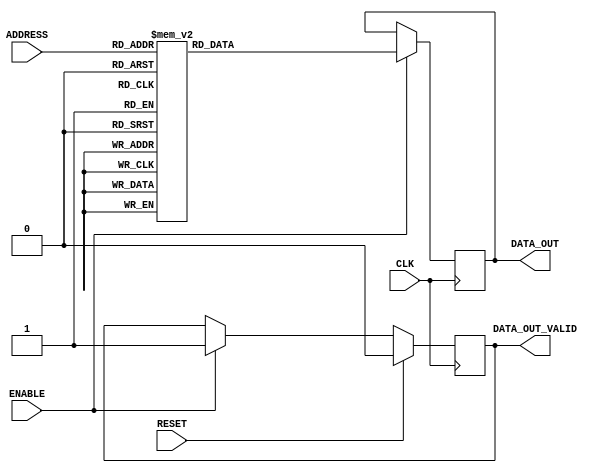
// This program was cloned from: https://github.com/VeriGOOD-ML/public
// License: Apache License 2.0

`timescale 1ns/1ps

module ROM_ASIC #(
// Parameters
    parameter   DATA_WIDTH          = 16,
    parameter   ADDR_WIDTH          = 7,
    parameter   INIT                = "weight.txt",
    parameter   TYPE                = "block",
    parameter   ROM_DEPTH           = 1<<ADDR_WIDTH
) (
// Port Declarations
    input  wire                         CLK,
    input  wire                         RESET,
    input  wire  [ADDR_WIDTH-1:0]       ADDRESS,
    input  wire                         ENABLE,
    output reg   [DATA_WIDTH-1:0]       DATA_OUT,
    output reg                          DATA_OUT_VALID
);

// ******************************************************************
// Internal variables
// ******************************************************************

  localparam DEPTH = ROM_DEPTH;

  reg     [DATA_WIDTH-1:0]        rdata;
  wire     [ADDR_WIDTH-1:0]        address;

  assign address = ADDRESS;


  // `include "instructions.v"   // TODO
  always @(*) begin
	case(address)
/*****************************************************************************************/
//
// read [True, False, False, False]
// ['x(0,)', 'x(1,)', 'x(2,)', 'x(3,)', 'x(88,)', 'x(89,)', 'x(91,)', 'x(92,)', 'x(177,)', 'x(178,)', 'x(179,)', 'x(180,)', 'x(174,)', 'x(181,)', 'x(184,)', 'x(187,)']
// Data values: [2, 2, 2, 8, 7, 4, 8, 9, 4, 1, 7, 8, 0, 5, 7, 4]
// Dest PEs: [1, 2, 3, 4, 10, 11, 12, 13, 19, 20, 21, 22, 28, 29, 30, 31]
7'd0: rdata =    56'b00000000000000000000000000000000000000000000000000000001;
//
// shift amount: 15, Lanes IDs: [1, 2, 3, 4]
7'd1: rdata =    56'b00000000000000000000000000000000000100100100100001011111;
//
// read [True, False, False, False]
// ['x(4,)', 'x(5,)', 'x(7,)', 'x(8,)', 'x(88,)', 'x(89,)', 'x(91,)', 'x(92,)', 'x(177,)', 'x(178,)', 'x(179,)', 'x(180,)', 'x(174,)', 'x(181,)', 'x(184,)', 'x(187,)']
// Data values: [0, 0, 2, 1, 7, 4, 8, 9, 4, 1, 7, 8, 0, 5, 7, 4]
// Dest PEs: [5, 6, 7, 9, 10, 11, 12, 13, 19, 20, 21, 22, 28, 29, 30, 31]
7'd2: rdata =    56'b00000000000000000000000000000000000000000000000000000001;
//
// shift amount: 10, Lanes IDs: [9]
7'd3: rdata =    56'b00000000000000000000100000000000000000000000000001011010;
//
// shift amount: 11, Lanes IDs: [5, 6, 7]
7'd4: rdata =    56'b00000000000000000000000000100100100000000000000001011011;
//
// read [True, True, False, False]
// ['x(10,)', 'x(11,)', 'x(13,)', 'x(14,)', 'x(88,)', 'x(89,)', 'x(91,)', 'x(92,)', 'x(177,)', 'x(178,)', 'x(179,)', 'x(180,)', 'x(174,)', 'x(181,)', 'x(184,)', 'x(187,)']
// Data values: [6, 4, 8, 9, 7, 4, 8, 9, 4, 1, 7, 8, 0, 5, 7, 4]
// Dest PEs: [10, 11, 12, 13, 10, 11, 12, 13, 19, 20, 21, 22, 28, 29, 30, 31]
7'd5: rdata =    56'b00000000000000000000000000000000000000000000000000000011;
//
// shift amount: 6, Lanes IDs: [10, 11, 12, 13]
7'd6: rdata =    56'b00000000100100100100000000000000000000000000000001010110;
//
// shift amount: 10, Lanes IDs: [10, 11, 12, 13]
7'd7: rdata =    56'b00000000100100100100000000000000000000000000000001011010;
//
// read [True, True, False, False]
// ['x(16,)', 'x(17,)', 'x(19,)', 'x(20,)', 'x(94,)', 'x(95,)', 'x(97,)', 'x(98,)', 'x(177,)', 'x(178,)', 'x(179,)', 'x(180,)', 'x(174,)', 'x(181,)', 'x(184,)', 'x(187,)']
// Data values: [7, 9, 5, 9, 1, 9, 8, 5, 4, 1, 7, 8, 0, 5, 7, 4]
// Dest PEs: [14, 15, 17, 18, 14, 15, 17, 18, 19, 20, 21, 22, 28, 29, 30, 31]
7'd8: rdata =    56'b00000000000000000000000000000000000000000000000000000011;
//
// shift amount: 1, Lanes IDs: [1, 2]
7'd9: rdata =    56'b00000000000000000000000000000000000000001101100001010001;
//
// shift amount: 2, Lanes IDs: [14, 15]
7'd10: rdata =   56'b00100100000000000000000000000000000000000000000001010010;
//
// shift amount: 5, Lanes IDs: [1, 2]
7'd11: rdata =   56'b00000000000000000000000000000000000000001101100001010101;
//
// shift amount: 6, Lanes IDs: [14, 15]
7'd12: rdata =   56'b00100100000000000000000000000000000000000000000001010110;
//
// read [True, True, True, False]
// ['x(22,)', 'x(23,)', 'x(25,)', 'x(26,)', 'x(100,)', 'x(101,)', 'x(102,)', 'x(103,)', 'x(177,)', 'x(178,)', 'x(179,)', 'x(180,)', 'x(174,)', 'x(181,)', 'x(184,)', 'x(187,)']
// Data values: [7, 6, 1, 8, 1, 0, 8, 0, 4, 1, 7, 8, 0, 5, 7, 4]
// Dest PEs: [19, 20, 21, 22, 19, 20, 21, 22, 19, 20, 21, 22, 28, 29, 30, 31]
7'd13: rdata =   56'b00000000000000000000000000000000000000000000000000000111;
//
// shift amount: 13, Lanes IDs: [3, 4, 5, 6]
7'd14: rdata =   56'b00000000000000000000000000001101101101100000000001011101;
//
// shift amount: 1, Lanes IDs: [3, 4, 5, 6]
7'd15: rdata =   56'b00000000000000000000000000001101101101100000000001010001;
//
// shift amount: 5, Lanes IDs: [3, 4, 5, 6]
7'd16: rdata =   56'b00000000000000000000000000001101101101100000000001010101;
//
// read [True, True, True, False]
// ['x(27,)', 'x(28,)', 'x(29,)', 'x(30,)', 'x(104,)', 'x(105,)', 'x(107,)', 'x(108,)', 'x(182,)', 'x(183,)', 'x(185,)', 'x(186,)', 'x(174,)', 'x(181,)', 'x(184,)', 'x(187,)']
// Data values: [7, 5, 5, 9, 2, 2, 2, 6, 4, 2, 7, 1, 0, 5, 7, 4]
// Dest PEs: [23, 25, 26, 27, 23, 25, 26, 27, 23, 25, 26, 27, 28, 29, 30, 31]
7'd17: rdata =   56'b00000000000000000000000000000000000000000000000000000111;
//
// shift amount: 8, Lanes IDs: [9, 10, 11]
7'd18: rdata =   56'b00000000000001101101100000000000000000000000000001011000;
//
// shift amount: 9, Lanes IDs: [7]
7'd19: rdata =   56'b00000000000000000000000001100000000000000000000001011001;
//
// shift amount: 12, Lanes IDs: [9, 10, 11]
7'd20: rdata =   56'b00000000000001101101100000000000000000000000000001011100;
//
// shift amount: 0, Lanes IDs: [9, 10, 11]
7'd21: rdata =   56'b00000000000001101101100000000000000000000000000001010000;
//
// shift amount: 13, Lanes IDs: [7]
7'd22: rdata =   56'b00000000000000000000000001100000000000000000000001011101;
//
// shift amount: 1, Lanes IDs: [7]
7'd23: rdata =   56'b00000000000000000000000001100000000000000000000001010001;
//
// read [True, True, True, True]
// ['x(32,)', 'x(33,)', 'x(35,)', 'x(36,)', 'x(110,)', 'x(111,)', 'x(113,)', 'x(114,)', 'x(188,)', 'x(189,)', 'x(191,)', 'x(192,)', 'x(174,)', 'x(181,)', 'x(184,)', 'x(187,)']
// Data values: [2, 3, 9, 5, 5, 2, 6, 7, 1, 2, 8, 5, 0, 5, 7, 4]
// Dest PEs: [28, 29, 30, 31, 28, 29, 30, 31, 28, 29, 30, 31, 28, 29, 30, 31]
7'd24: rdata =   56'b00000000000000000000000000000000000000000000000000001111;
//
// shift amount: 4, Lanes IDs: [12, 13, 14, 15]
7'd25: rdata =   56'b01101101101100000000000000000000000000000000000001010100;
//
// shift amount: 8, Lanes IDs: [12, 13, 14, 15]
7'd26: rdata =   56'b01101101101100000000000000000000000000000000000001011000;
//
// shift amount: 12, Lanes IDs: [12, 13, 14, 15]
7'd27: rdata =   56'b01101101101100000000000000000000000000000000000001011100;
//
// shift amount: 0, Lanes IDs: [12, 13, 14, 15]
7'd28: rdata =   56'b01101101101100000000000000000000000000000000000001010000;
//
// read [True, True, True, True]
// ['x(38,)', 'x(39,)', 'x(41,)', 'x(42,)', 'x(116,)', 'x(117,)', 'x(119,)', 'x(120,)', 'x(194,)', 'x(195,)', 'x(197,)', 'x(198,)', 'x(190,)', 'x(193,)', 'x(196,)', 'x(199,)']
// Data values: [6, 3, 9, 1, 0, 3, 8, 0, 0, 6, 3, 8, 6, 8, 1, 4]
// Dest PEs: [33, 34, 35, 36, 33, 34, 35, 36, 33, 34, 35, 36, 33, 34, 35, 36]
7'd29: rdata =   56'b00000000000000000000000000000000000000000000000000001111;
//
// shift amount: 15, Lanes IDs: [1, 2, 3, 4]
7'd30: rdata =   56'b00000000000000000000000000000000010110110110100001011111;
//
// shift amount: 3, Lanes IDs: [1, 2, 3, 4]
7'd31: rdata =   56'b00000000000000000000000000000000010110110110100001010011;
//
// shift amount: 7, Lanes IDs: [1, 2, 3, 4]
7'd32: rdata =   56'b00000000000000000000000000000000010110110110100001010111;
//
// shift amount: 11, Lanes IDs: [1, 2, 3, 4]
7'd33: rdata =   56'b00000000000000000000000000000000010110110110100001011011;
//
// read [True, True, True, False]
// ['x(44,)', 'x(45,)', 'x(47,)', 'x(48,)', 'x(122,)', 'x(123,)', 'x(125,)', 'x(126,)', 'x(6,)', 'x(9,)', 'x(12,)', 'x(15,)', 'y', None, None, None]
// Data values: [4, 4, 0, 6, 1, 8, 9, 6, 9, 6, 0, 0, 9, None, None, None]
// Dest PEs: [37, 38, 39, 41, 37, 38, 39, 41, 37, 38, 39, 41, 2, None, None, None]
7'd34: rdata =   56'b00000000000000000000000000000000000000000000000000000111;
//
// shift amount: 10, Lanes IDs: [9]
7'd35: rdata =   56'b00000000000000000010100000000000000000000000000001011010;
//
// shift amount: 11, Lanes IDs: [5, 6, 7]
7'd36: rdata =   56'b00000000000000000000000010110110100000000000000001011011;
//
// shift amount: 14, Lanes IDs: [9]
7'd37: rdata =   56'b00000000000000000010100000000000000000000000000001011110;
//
// shift amount: 2, Lanes IDs: [9]
7'd38: rdata =   56'b00000000000000000010100000000000000000000000000001010010;
//
// shift amount: 15, Lanes IDs: [5, 6, 7]
7'd39: rdata =   56'b00000000000000000000000010110110100000000000000001011111;
//
// shift amount: 3, Lanes IDs: [5, 6, 7]
7'd40: rdata =   56'b00000000000000000000000010110110100000000000000001010011;
//
// read [True, True, True, False]
// ['x(50,)', 'x(51,)', 'x(52,)', 'x(53,)', 'x(127,)', 'x(128,)', 'x(129,)', 'x(130,)', 'x(18,)', 'x(21,)', 'x(24,)', 'x(31,)', 'y', None, None, None]
// Data values: [5, 6, 0, 6, 9, 8, 7, 3, 3, 4, 1, 9, 9, None, None, None]
// Dest PEs: [42, 43, 44, 45, 42, 43, 44, 45, 42, 43, 44, 45, 2, None, None, None]
7'd41: rdata =   56'b00000000000000000000000000000000000000000000000000000111;
//
// shift amount: 6, Lanes IDs: [10, 11, 12, 13]
7'd42: rdata =   56'b00000010110110110100000000000000000000000000000001010110;
//
// shift amount: 10, Lanes IDs: [10, 11, 12, 13]
7'd43: rdata =   56'b00000010110110110100000000000000000000000000000001011010;
//
// shift amount: 14, Lanes IDs: [10, 11, 12, 13]
7'd44: rdata =   56'b00000010110110110100000000000000000000000000000001011110;
//
// read [True, True, True, False]
// ['x(54,)', 'x(55,)', 'x(57,)', 'x(58,)', 'x(132,)', 'x(133,)', 'x(135,)', 'x(136,)', 'x(34,)', 'x(37,)', 'x(40,)', 'x(43,)', 'y', None, None, None]
// Data values: [2, 9, 9, 8, 2, 9, 5, 6, 9, 0, 6, 4, 9, None, None, None]
// Dest PEs: [46, 47, 49, 50, 46, 47, 49, 50, 46, 47, 49, 50, 2, None, None, None]
7'd45: rdata =   56'b00000000000000000000000000000000000000000000000000000111;
//
// shift amount: 1, Lanes IDs: [1, 2]
7'd46: rdata =   56'b00000000000000000000000000000000000000011111100001010001;
//
// shift amount: 2, Lanes IDs: [14, 15]
7'd47: rdata =   56'b10110100000000000000000000000000000000000000000001010010;
//
// shift amount: 5, Lanes IDs: [1, 2]
7'd48: rdata =   56'b00000000000000000000000000000000000000011111100001010101;
//
// shift amount: 6, Lanes IDs: [14, 15]
7'd49: rdata =   56'b10110100000000000000000000000000000000000000000001010110;
//
// shift amount: 9, Lanes IDs: [1, 2]
7'd50: rdata =   56'b00000000000000000000000000000000000000011111100001011001;
//
// shift amount: 10, Lanes IDs: [14, 15]
7'd51: rdata =   56'b10110100000000000000000000000000000000000000000001011010;
//
// read [True, True, True, False]
// ['x(60,)', 'x(61,)', 'x(63,)', 'x(64,)', 'x(138,)', 'x(139,)', 'x(141,)', 'x(142,)', 'x(46,)', 'x(49,)', 'x(56,)', 'x(59,)', 'y', None, None, None]
// Data values: [5, 9, 5, 1, 4, 4, 8, 1, 9, 9, 3, 2, 9, None, None, None]
// Dest PEs: [51, 52, 53, 54, 51, 52, 53, 54, 51, 52, 53, 54, 2, None, None, None]
7'd52: rdata =   56'b00000000000000000000000000000000000000000000000000000111;
//
// shift amount: 13, Lanes IDs: [3, 4, 5, 6]
7'd53: rdata =   56'b00000000000000000000000000011111111111100000000001011101;
//
// shift amount: 1, Lanes IDs: [3, 4, 5, 6]
7'd54: rdata =   56'b00000000000000000000000000011111111111100000000001010001;
//
// shift amount: 5, Lanes IDs: [3, 4, 5, 6]
7'd55: rdata =   56'b00000000000000000000000000011111111111100000000001010101;
//
// read [True, True, True, False]
// ['x(66,)', 'x(67,)', 'x(69,)', 'x(70,)', 'x(144,)', 'x(145,)', 'x(147,)', 'x(148,)', 'x(62,)', 'x(65,)', 'x(68,)', 'x(71,)', 'y', None, None, None]
// Data values: [2, 5, 5, 0, 6, 5, 7, 6, 3, 6, 1, 1, 9, None, None, None]
// Dest PEs: [55, 57, 58, 59, 55, 57, 58, 59, 55, 57, 58, 59, 2, None, None, None]
7'd56: rdata =   56'b00000000000000000000000000000000000000000000000000000111;
//
// shift amount: 8, Lanes IDs: [9, 10, 11]
7'd57: rdata =   56'b00000000000011111111100000000000000000000000000001011000;
//
// shift amount: 9, Lanes IDs: [7]
7'd58: rdata =   56'b00000000000000000000000011100000000000000000000001011001;
//
// shift amount: 12, Lanes IDs: [9, 10, 11]
7'd59: rdata =   56'b00000000000011111111100000000000000000000000000001011100;
//
// shift amount: 0, Lanes IDs: [9, 10, 11]
7'd60: rdata =   56'b00000000000011111111100000000000000000000000000001010000;
//
// shift amount: 13, Lanes IDs: [7]
7'd61: rdata =   56'b00000000000000000000000011100000000000000000000001011101;
//
// shift amount: 1, Lanes IDs: [7]
7'd62: rdata =   56'b00000000000000000000000011100000000000000000000001010001;
//
// read [True, True, True, False]
// ['x(72,)', 'x(73,)', 'x(75,)', 'x(76,)', 'x(150,)', 'x(151,)', 'x(152,)', 'x(153,)', 'x(74,)', 'x(81,)', 'x(84,)', 'x(87,)', 'y', None, None, None]
// Data values: [1, 0, 7, 5, 0, 1, 3, 3, 2, 9, 4, 0, 9, None, None, None]
// Dest PEs: [60, 61, 62, 63, 60, 61, 62, 63, 60, 61, 62, 63, 2, None, None, None]
7'd63: rdata =   56'b00000000000000000000000000000000000000000000000000000111;
//
// shift amount: 4, Lanes IDs: [12, 13, 14, 15]
7'd64: rdata =   56'b11111111111100000000000000000000000000000000000001010100;
//
// shift amount: 8, Lanes IDs: [12, 13, 14, 15]
7'd65: rdata =   56'b11111111111100000000000000000000000000000000000001011000;
//
// shift amount: 12, Lanes IDs: [12, 13, 14, 15]
7'd66: rdata =   56'b11111111111100000000000000000000000000000000000001011100;
//
// read [True, True, True, True]
// ['x(77,)', 'x(78,)', 'x(79,)', 'x(80,)', 'x(154,)', 'x(155,)', 'x(157,)', 'x(158,)', 'x(90,)', 'x(93,)', 'x(96,)', 'x(99,)', 'y', None, None, None]
// Data values: [6, 2, 6, 7, 1, 1, 3, 9, 1, 8, 3, 1, 9, None, None, None]
// Dest PEs: [1, 2, 3, 4, 1, 2, 3, 4, 1, 2, 3, 4, 2, None, None, None]
7'd67: rdata =   56'b00000000000000000000000000000000000000000000000000001111;
//
// shift amount: 15, Lanes IDs: [1, 2, 3, 4]
7'd68: rdata =   56'b00000000000000000000000000000000000100100100100001011111;
//
// shift amount: 3, Lanes IDs: [1, 2, 3, 4]
7'd69: rdata =   56'b00000000000000000000000000000000000100100100100001010011;
//
// shift amount: 7, Lanes IDs: [1, 2, 3, 4]
7'd70: rdata =   56'b00000000000000000000000000000000000100100100100001010111;
//
// shift amount: 10, Lanes IDs: [2]
7'd71: rdata =   56'b00000000000000000000000000000000000000000100000001011010;
//
// read [True, True, True, False]
// ['x(82,)', 'x(83,)', 'x(85,)', 'x(86,)', 'x(160,)', 'x(161,)', 'x(163,)', 'x(164,)', 'x(106,)', 'x(109,)', 'x(112,)', 'x(115,)', None, None, None, None]
// Data values: [8, 5, 4, 2, 3, 5, 2, 2, 7, 4, 6, 7, None, None, None, None]
// Dest PEs: [5, 6, 7, 9, 5, 6, 7, 9, 5, 6, 7, 9, None, None, None, None]
7'd72: rdata =   56'b00000000000000000000000000000000000000000000000000000111;
//
// shift amount: 10, Lanes IDs: [9]
7'd73: rdata =   56'b00000000000000000000100000000000000000000000000001011010;
//
// shift amount: 11, Lanes IDs: [5, 6, 7]
7'd74: rdata =   56'b00000000000000000000000000100100100000000000000001011011;
//
// shift amount: 14, Lanes IDs: [9]
7'd75: rdata =   56'b00000000000000000000100000000000000000000000000001011110;
//
// shift amount: 2, Lanes IDs: [9]
7'd76: rdata =   56'b00000000000000000000100000000000000000000000000001010010;
//
// shift amount: 15, Lanes IDs: [5, 6, 7]
7'd77: rdata =   56'b00000000000000000000000000100100100000000000000001011111;
//
// shift amount: 3, Lanes IDs: [5, 6, 7]
7'd78: rdata =   56'b00000000000000000000000000100100100000000000000001010011;
//
// read [False, True, True, False]
// [None, None, None, None, 'x(166,)', 'x(167,)', 'x(169,)', 'x(170,)', 'x(118,)', 'x(121,)', 'x(124,)', 'x(131,)', None, None, None, None]
// Data values: [None, None, None, None, 8, 7, 3, 9, 3, 8, 5, 9, None, None, None, None]
// Dest PEs: [None, None, None, None, 10, 11, 12, 13, 10, 11, 12, 13, None, None, None, None]
7'd79: rdata =   56'b00000000000000000000000000000000000000000000000000000110;
//
// shift amount: 10, Lanes IDs: [10, 11, 12, 13]
7'd80: rdata =   56'b00000000100100100100000000000000000000000000000001011010;
//
// shift amount: 14, Lanes IDs: [10, 11, 12, 13]
7'd81: rdata =   56'b00000000100100100100000000000000000000000000000001011110;
//
// read [False, True, True, False]
// [None, None, None, None, 'x(172,)', 'x(173,)', 'x(175,)', 'x(176,)', 'x(134,)', 'x(137,)', 'x(140,)', 'x(143,)', None, None, None, None]
// Data values: [None, None, None, None, 6, 0, 9, 6, 7, 9, 4, 6, None, None, None, None]
// Dest PEs: [None, None, None, None, 14, 15, 17, 18, 14, 15, 17, 18, None, None, None, None]
7'd82: rdata =   56'b00000000000000000000000000000000000000000000000000000110;
//
// shift amount: 5, Lanes IDs: [1, 2]
7'd83: rdata =   56'b00000000000000000000000000000000000000001101100001010101;
//
// shift amount: 9, Lanes IDs: [1, 2]
7'd84: rdata =   56'b00000000000000000000000000000000000000001101100001011001;
//
// shift amount: 6, Lanes IDs: [14, 15]
7'd85: rdata =   56'b00100100000000000000000000000000000000000000000001010110;
//
// shift amount: 10, Lanes IDs: [14, 15]
7'd86: rdata =   56'b00100100000000000000000000000000000000000000000001011010;
//
// read [False, False, True, False]
// [None, None, None, None, None, None, None, None, 'x(146,)', 'x(149,)', 'x(156,)', 'x(159,)', None, None, None, None]
// Data values: [None, None, None, None, None, None, None, None, 7, 7, 3, 0, None, None, None, None]
// Dest PEs: [None, None, None, None, None, None, None, None, 19, 20, 21, 22, None, None, None, None]
7'd87: rdata =   56'b00000000000000000000000000000000000000000000000000000100;
//
// shift amount: 5, Lanes IDs: [3, 4, 5, 6]
7'd88: rdata =   56'b00000000000000000000000000001101101101100000000001010101;
//
// read [False, False, True, False]
// [None, None, None, None, None, None, None, None, 'x(162,)', 'x(165,)', 'x(168,)', 'x(171,)', None, None, None, None]
// Data values: [None, None, None, None, None, None, None, None, 7, 8, 3, 6, None, None, None, None]
// Dest PEs: [None, None, None, None, None, None, None, None, 23, 25, 26, 27, None, None, None, None]
7'd89: rdata =   56'b00000000000000000000000000000000000000000000000000000100;
//
// shift amount: 0, Lanes IDs: [9, 10, 11]
7'd90: rdata =   56'b00000000000001101101100000000000000000000000000001010000;
//
// shift amount: 1, Lanes IDs: [7]
7'd91: rdata =   56'b00000000000000000000000001100000000000000000000001010001;
//
// wfi
7'd92: rdata =   56'b00000000000000000000000000000000000000000000000001100000;
//
// loop
7'd93: rdata =   56'b00000000000000000000000000000000000000000000000001110000;/****************************************************************************************/
default: rdata = 56'b00000000000000000000000000000000000000000000000001110000;

	endcase
	end

    //reg     [ADDR_WIDTH-1:0]        address;

// ******************************************************************
// Read Logic
// ******************************************************************

    always @ (posedge CLK)
    begin : READ_VALID
        if (RESET) begin
            DATA_OUT_VALID <= 1'b0;
        end else if (ENABLE) begin
            DATA_OUT_VALID <= 1'b1;
        end
    end



 always @(posedge CLK) begin
    if (ENABLE)
        DATA_OUT <= rdata;
end

endmodule